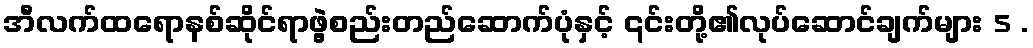
အီလက်ထရောနစ်ဆိုင်ရာဖွဲ့စည်းတည်ဆောက်ပုံနှင့် ၎င်းတို့၏လုပ်ဆောင်ချက်များ 5 .